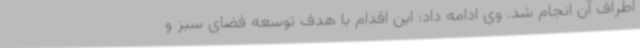
اطراف آن انجام شد. وی ادامه داد: این اقدام با هدف توسعه فضای سبز و